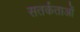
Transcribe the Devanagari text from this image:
सतर्कताओं